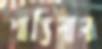
শান্তিলাল